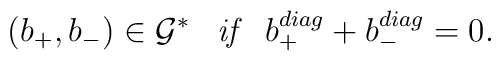
(b_{+},b_{-})\in {\cal G^{*}} \;\;\;\mbox{\it{if}} \;\;\; b_{+}^{diag}+b_{-}^{diag}=0.